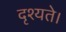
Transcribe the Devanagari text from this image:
दृश्यते।